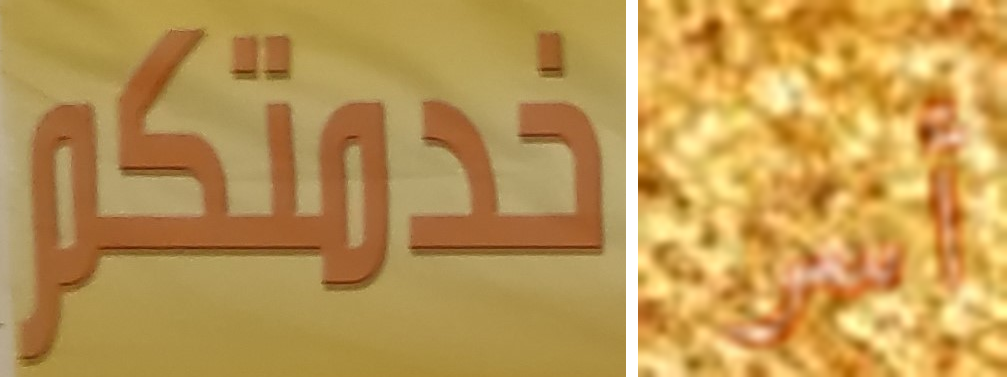
خدمتكم أسر